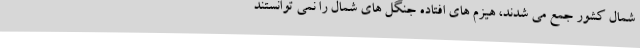
شمال کشور جمع می شدند، هیزم های افتاده جنگل های شمال را نمی توانستند